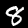
Label: 8